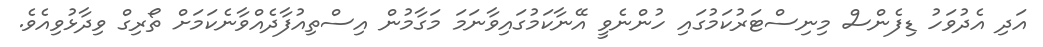
އަދި އެދުވަހު ޑިފެންސް މިނިސްޓަރުކަމުގައި ހުންނެވީ އޭނާކަމުގައިވާނަމަ މަގާމުން އިސްތިއުފާދެއްވާނެކަމަށް ތޯރިގް ވިދާޅުވިއެވެ.